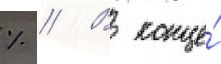
% // В конце́